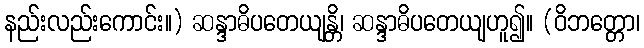
နည်းလည်းကောင်း။) ဆန္ဒာဓိပတေယျန္တိ၊ ဆန္ဒာဓိပတေယျဟူ၍။ (ဝိဘတ္တော၊